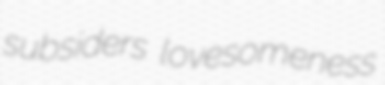
subsiders lovesomeness